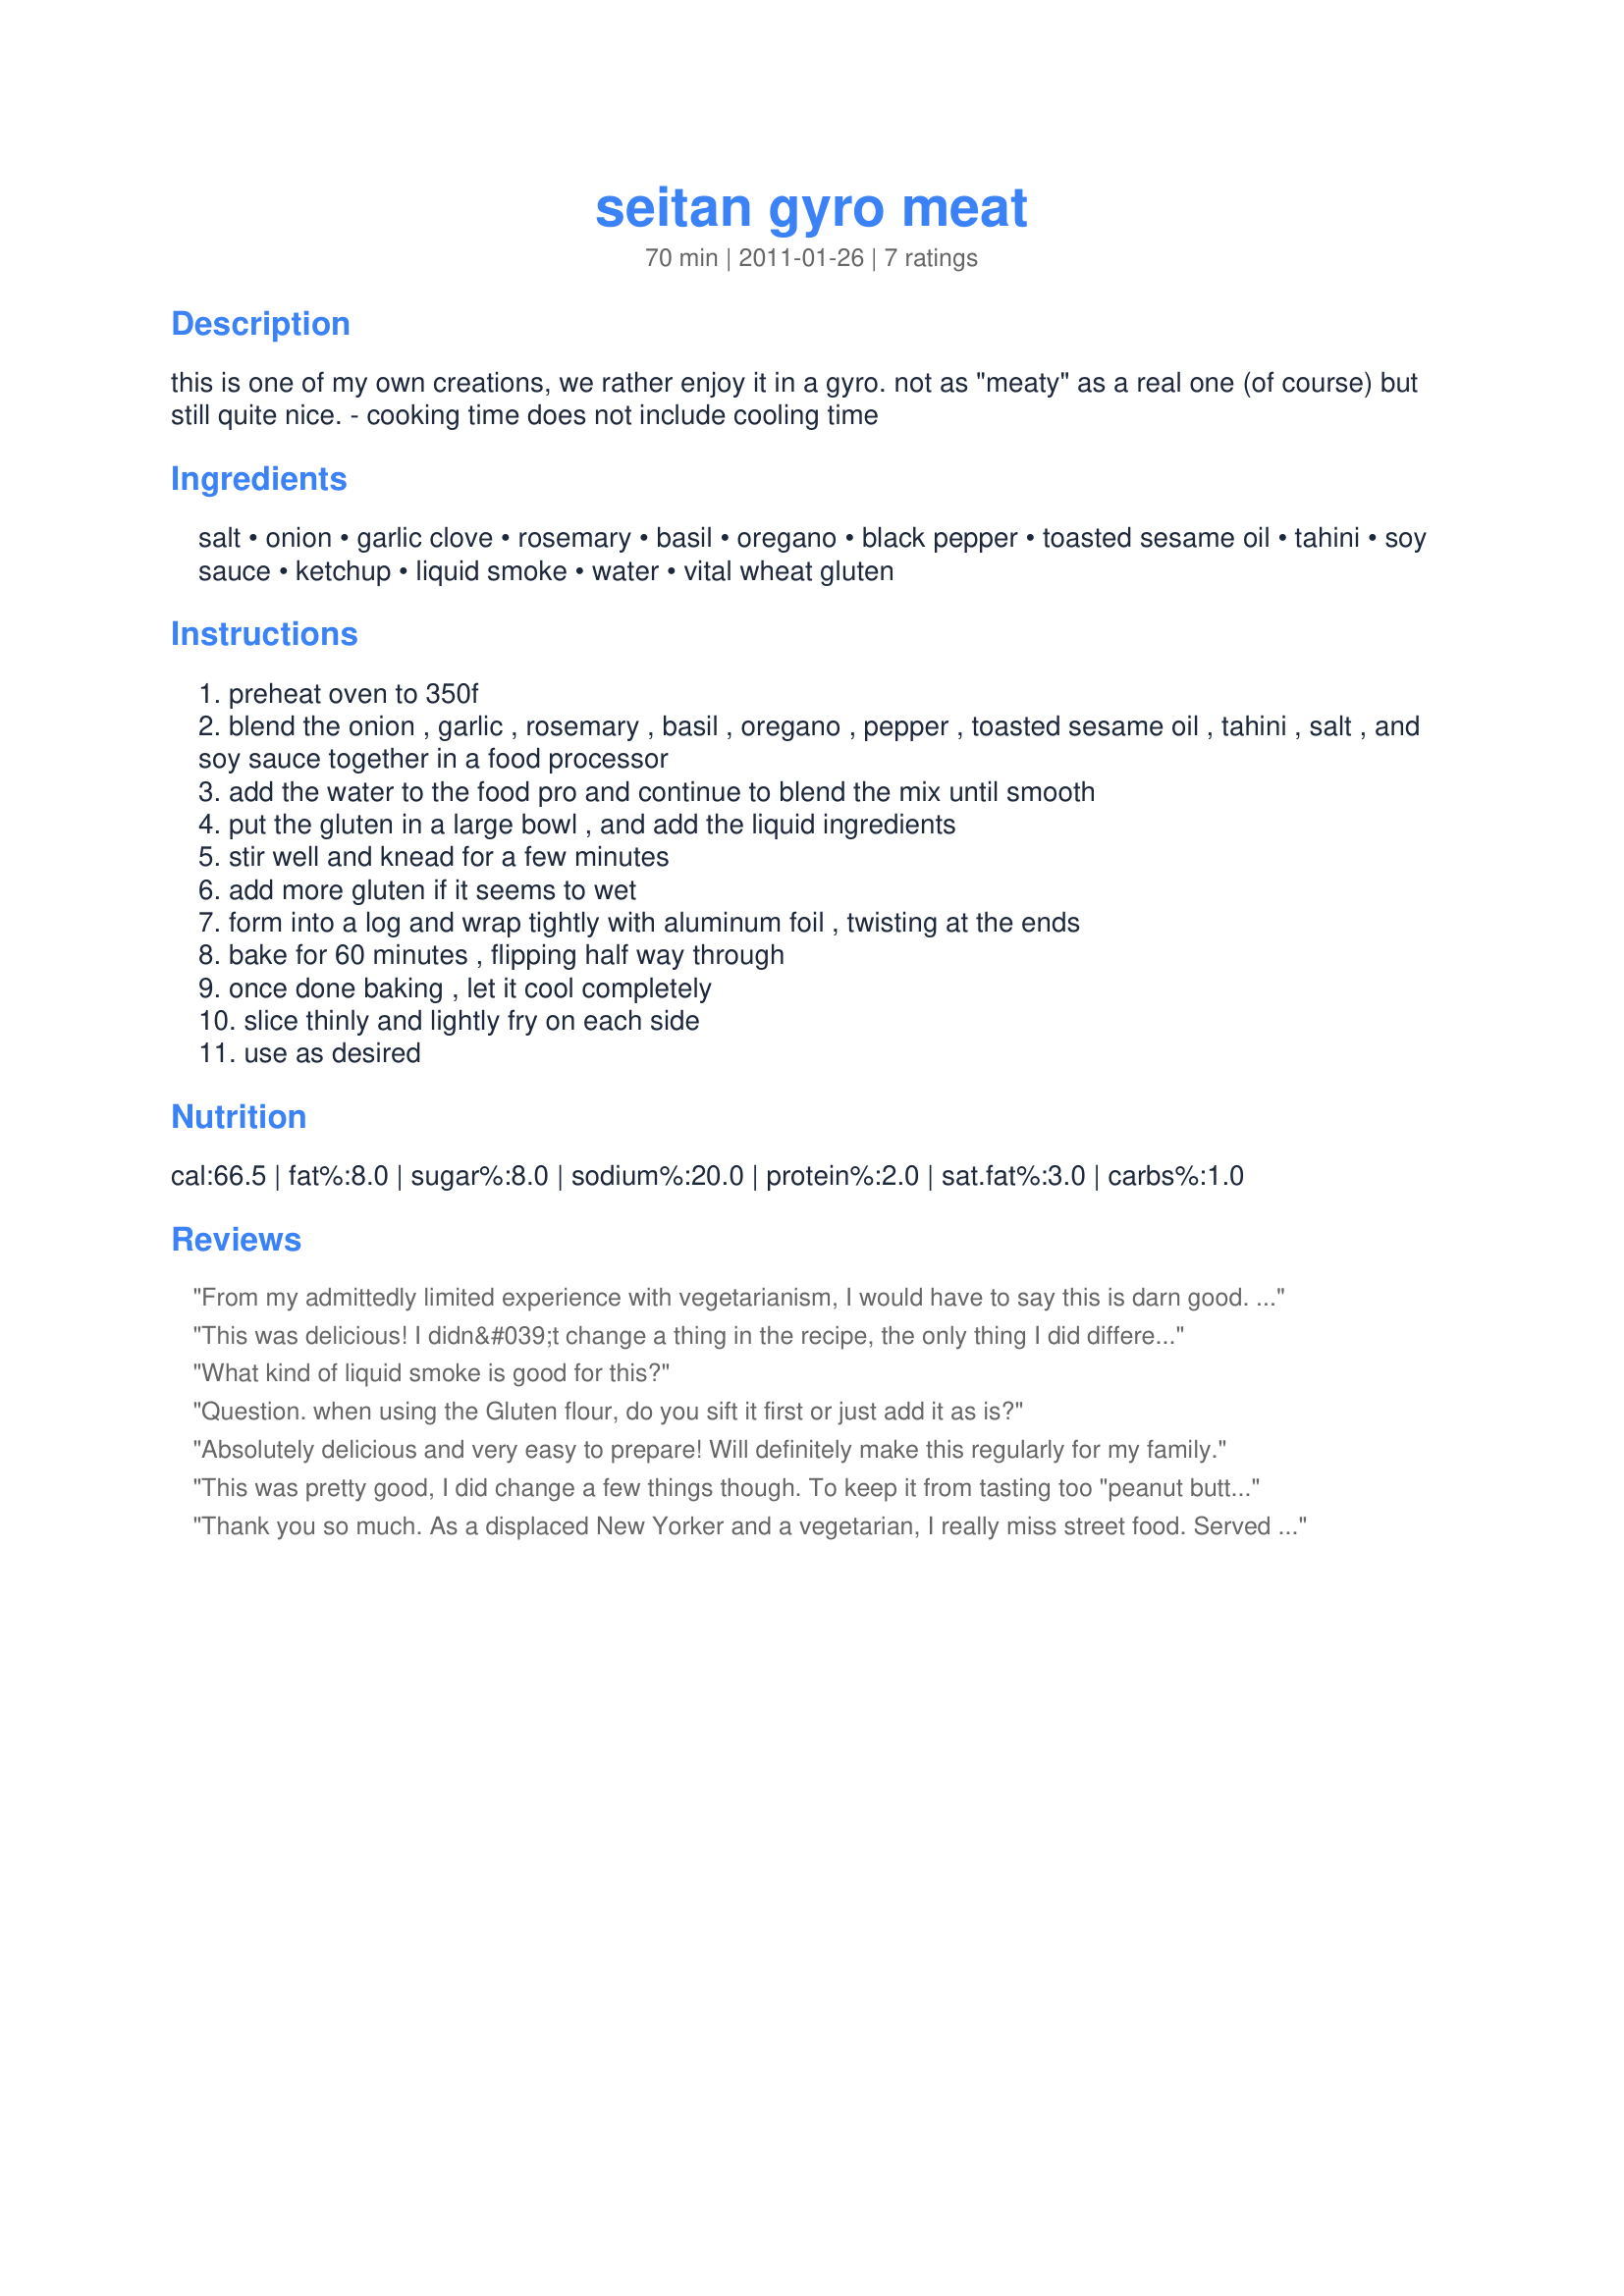
seitan gyro meat
Preparation time: 70 minutes

this is one of my own creations, we rather enjoy it in a gyro. not as "meaty" as a real one (of course) but still quite nice. - cooking time does not include cooling time

Ingredients:
salt, onion, garlic clove, rosemary, basil, oregano, black pepper, toasted sesame oil, tahini, soy sauce, ketchup, liquid smoke, water, vital wheat gluten

Steps:
preheat oven to 350f
blend the onion , garlic , rosemary , basil , oregano , pepper , toasted sesame oil , tahini , salt , and soy sauce together in a food processor
add the water to the food pro and continue to blend the mix until smooth
put the gluten in a large bowl , and add the liquid ingredients
stir well and knead for a few minutes
add more gluten if it seems to wet
form into a log and wrap tightly with aluminum foil , twisting at the ends
bake for 60 minutes , flipping half way through
once done baking , let it cool completely
slice thinly and lightly fry on each side
use as desired

Reviews:
From my admittedly limited experience with vegetarianism, I would have to say this is darn good. I cooked it in an Instantpot: Added 1 1/2 cups water to the bottom liner, misted with vegetable spray a Corning ware casserole, placed in the Seitan, covered with foil, set dish on the inserted trivet and pressure cooked for 30 minutes followed with a quick release of pressure. OK is it still meat if we leave out the meat? Not for everyone; just more for someone else…
This was delicious! I didn&#039;t change a thing in the recipe, the only thing I did differently was line the aluminum foil with parchment because I don&#039;t like aluminum touching our food. I made a double batch along with recipe 30146, Tzatziki Sauce (veganized) and recipe 60108 Greek Pita Bread and and served with sliced onions. My whole family loved this meal. I was really glad I doubled the seitan recipe because it turned out just wonderful and we had the leftovers on sandwiches the next day. Thanks for a great recipe, I&#039;ll be making it again!
What kind of liquid smoke is good for this?
Question. when using the Gluten flour, do you sift it first or just add it as is?
Absolutely delicious and very easy to prepare! Will definitely make this regularly for my family.
This was pretty good, I did change a few things though. To keep it from tasting too "peanut buttery" I only put 2 tsp of tahini. And to give it a more authentic greecian flavor I used full flavor olive oil instead of toasted sesame. I also replaced the soy with 2 tsp of braggs aminos and 1 tsp a olive juice from a jar of kalumet olives. I added 1/4 cup nutritional yeast and subbed 1 tsp pink peppercorn for the 1/2 tsp of black pepper. finally i steamed it in a foil envelope instead of baking it. Scrumptious. Tastes perfect with Vegan Dad's tzatziki sauce and fresh homemade pita bread!
Thank you so much. As a displaced New Yorker and a vegetarian, I really miss street food. Served my family platters with stuffed grape leaves and Tatziki.Felt like being in Astoria
